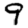
Digit: 9